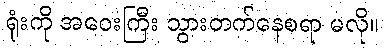
ရုံးကို အဝေးကြီး သွားတက်နေစရာ မလို။